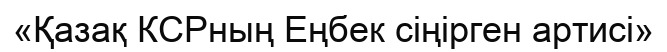
«Қазақ КСРның Еңбек сіңірген артисі»